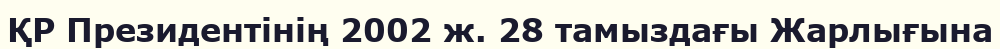
ҚР Президентінің 2002 ж. 28 тамыздағы Жарлығына